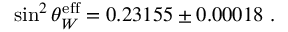
\sin ^ { 2 } \theta _ { W } ^ { \mathrm { e f f } } = 0 . 2 3 1 5 5 \pm 0 . 0 0 0 1 8 ~ .